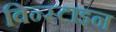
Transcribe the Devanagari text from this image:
विन्स्टाइन